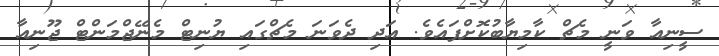
ސީނިއާ ވަނީ މެޗް ކާމިޔާބުކޮށްފައެވެ. އަދި ދެވަނަ މެޗްގައި ޔުނިޓް މެނޭޖްމަންޓް ޖޫނިއާ